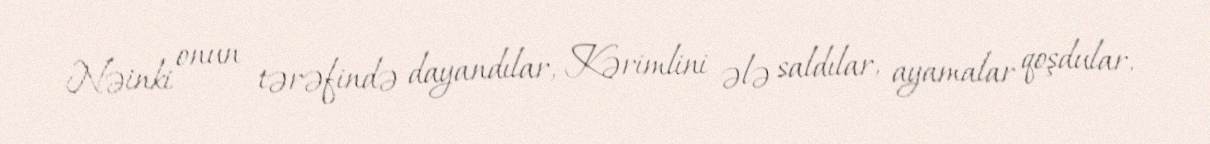
Nəinki onun tərəfində dayandılar, Kərimlini ələ saldılar, ayamalar qoşdular,